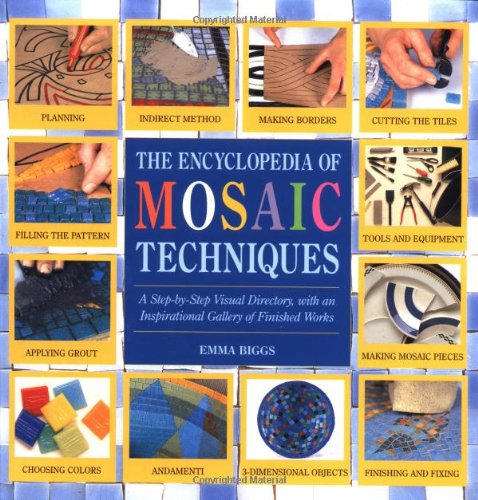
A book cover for Encyclopedia Of Mosaic Techniques: A Step-by-step Visual Directory, With An Inspirational Gallery Of Finished Works (Encyclopedia of Art Techniques); Emma Biggs; Crafts, Hobbies & Home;